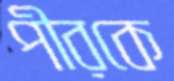
পীরকে